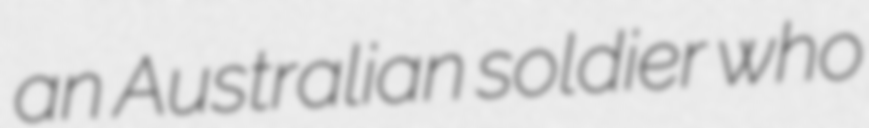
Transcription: an Australian soldier who